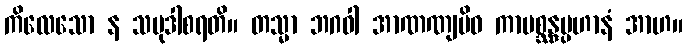
ကိလေသော န သမုဒါစရတိ။ တသ္မာ ဘဂဝါ အာဏဏျမိဝ ကာမစ္ဆန္ဒပ္ပဟာနံ အာဟ။